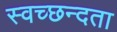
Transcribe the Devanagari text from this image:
स्‍वच्‍छन्‍दता